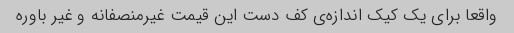
واقعا برای یک کیک اندازه‌ی کف دست این قیمت غیرمنصفانه و غیر باوره